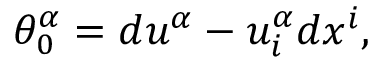
\theta _ { 0 } ^ { \alpha } = d u ^ { \alpha } - u _ { i } ^ { \alpha } d x ^ { i } ,